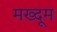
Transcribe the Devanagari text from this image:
मख्दूम